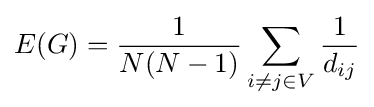
E(G)={\frac {1}{N(N-1)}}\sum _{i\neq j\in V}{\frac {1}{d_{ij}}}